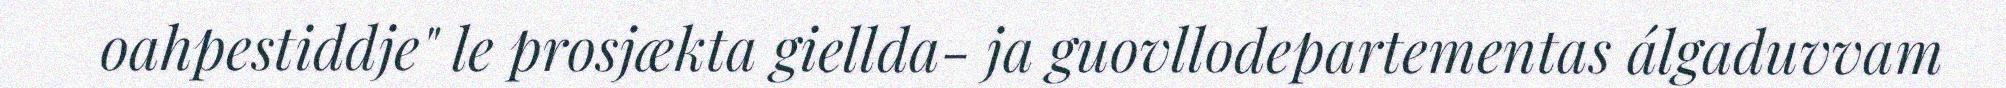
oahpestiddje" le prosjækta giellda- ja guovllodepartementas álgaduvvam